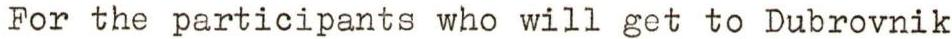
For the participants who will get to Dubrovnik